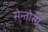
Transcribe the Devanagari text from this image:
सेन्तोसा